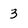
Character: 3